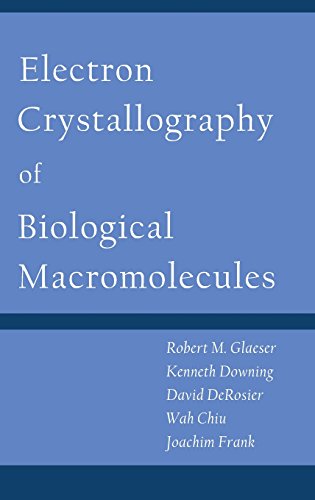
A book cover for Electron Crystallography of Biological Macromolecules; Robert Glaeser; Science & Math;